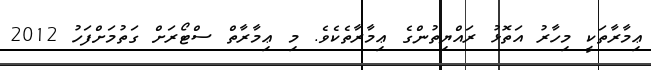
ޢިމާރާތަކީ މިހާރު އަތޮޅު ރައްޔިތުންގެ ޢިމާރާތެކެވެ. މި ޢިމާރާތް ސްޓޯރަށް ގަތުމަށްފަހު 2012